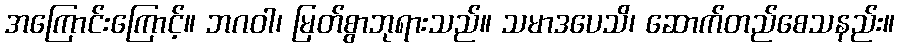
အကြောင်းကြောင့်။ ဘဂဝါ၊ မြတ်စွာဘုရားသည်။ သမာဒပေသိ၊ ဆောက်တည်စေသနည်း။